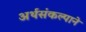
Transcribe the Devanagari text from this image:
अर्थसंकल्पाने